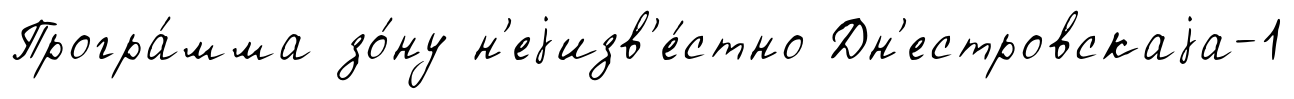
Програ́мма зо́ну н'еjизв'е́стно Дн'естровскаjа-1